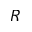
R